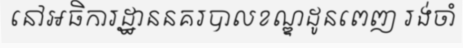
នៅអធិការដ្ឋាននគរបាលខណ្ឌដូនពេញ រង់ចាំ